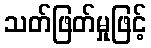
သတ်ဖြတ်မှုဖြင့်